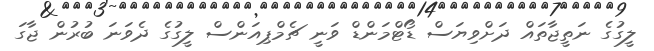
ލީގުގެ ނަތީޖާތައް ދަށްވިޔަސް ޑޯޓްމަންޑް ވަނީ ޗެމްޕިއަންސް ލީގުގެ ދެވަނަ ބުރުން ޖާގަ